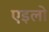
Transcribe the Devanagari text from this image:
एइलो